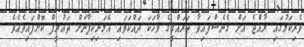
ވެރިކަމުގައި ރާއްޖެ އަށް ގެނެސްފައިވާ ތަރައްގީގެ ވާހަކަ ދައްކަވައި އެމަނިކިފާނަށް ތައުރީފް ކޮށްފައިވެއެވެ.